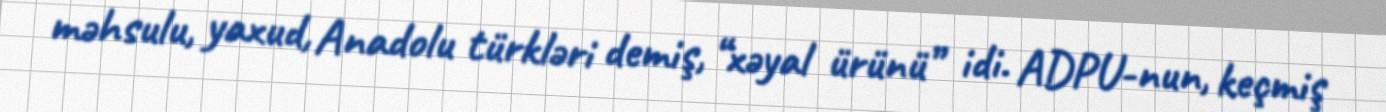
məhsulu, yaxud, Anadolu türkləri demiş, “xəyal ürünü” idi. ADPU-nun, keçmiş